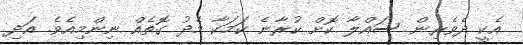
އެކީ ދެވެރިން ސައްލާ ކޮށް ކުރާނެ ކަމަކާ މެދު ގޮތެއް ނިންމިއެވެ. އަދި